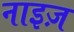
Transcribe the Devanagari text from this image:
नाइज़